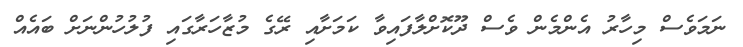
ނަމަވެސް މިހާރު އެންމެން ވެސް ދޫކޮށްލާފައިވާ ކަމަށާއި ރޭގެ މުޒާހަރާގައި ފުލުހުންނަށް ބައެއް